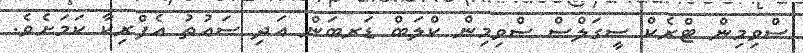
ސްވިމިން ޓްރެކް ސީގަލްސް ސްވިމިން ކްލަބް ޑަރބަން އަދި ސައުތު އެފްރިކާ ކަމަށެވެ.